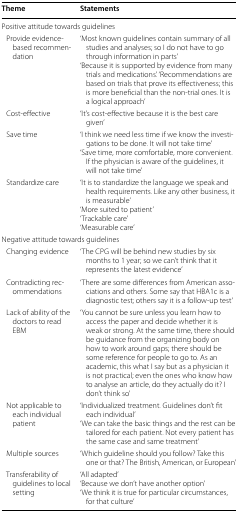
<table><thead><tr><td><b>Theme</b></td><td><b>Statements</b></td></tr></thead><tbody><tr><td colspan="2">Positive attitude towards guidelines</td></tr><tr><td> Provide evidence-based recommendation</td><td>‘Most known guidelines contain summary of all studies and analyses; so I do not have to go through information in parts’‘Because it is supported by evidence from many trials and medications’. ‘Recommendations are based on trials that prove its effectiveness; this is more beneficial than the non-trial ones. It is a logical approach’</td></tr><tr><td> Cost-effective</td><td>‘It’s cost-effective because it is the best care given’</td></tr><tr><td> Save time</td><td>‘I think we need less time if we know the investigations to be done. It will not take time’‘Save time, more comfortable, more convenient. If the physician is aware of the guidelines, it will not take time’</td></tr><tr><td> Standardize care</td><td>‘It is to standardize the language we speak and health requirements. Like any other business, it is measurable’‘More suited to patient’‘Trackable care’‘Measurable care’</td></tr><tr><td colspan="2">Negative attitude towards guidelines</td></tr><tr><td> Changing evidence</td><td>‘The CPG will be behind new studies by six months to 1 year; so we can’t think that it represents the latest evidence’</td></tr><tr><td> Contradicting recommendations</td><td>‘There are some differences from American associations and others. Some say that HBA1c is a diagnostic test; others say it is a follow-up test’</td></tr><tr><td> Lack of ability of the doctors to read EBM</td><td>‘You cannot be sure unless you learn how to access the paper and decide whether it is weak or strong. At the same time, there should be guidance from the organizing body on how to work around gaps; there should be some reference for people to go to. As an academic, this what I say but as a physician it is not practical; even the ones who know how to analyse an article, do they actually do it? I don’t think so’</td></tr><tr><td> Not applicable to each individual patient</td><td>‘Individualized treatment. Guidelines don’t fit each individual’‘We can take the basic things and the rest can be tailored for each patient. Not every patient has the same case and same treatment’</td></tr><tr><td> Multiple sources</td><td>‘Which guideline should you follow? Take this one or that? The British, American, or European’</td></tr><tr><td> Transferability of guidelines to local setting</td><td>‘All adapted’‘Because we don’t have another option’‘We think it is true for particular circumstances, for that culture’</td></tr></tbody></table>